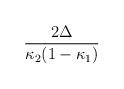
LaTeX: \begin{align*}\frac{2\Delta }{\kappa _{2}(1-\kappa _{1})}\end{align*}